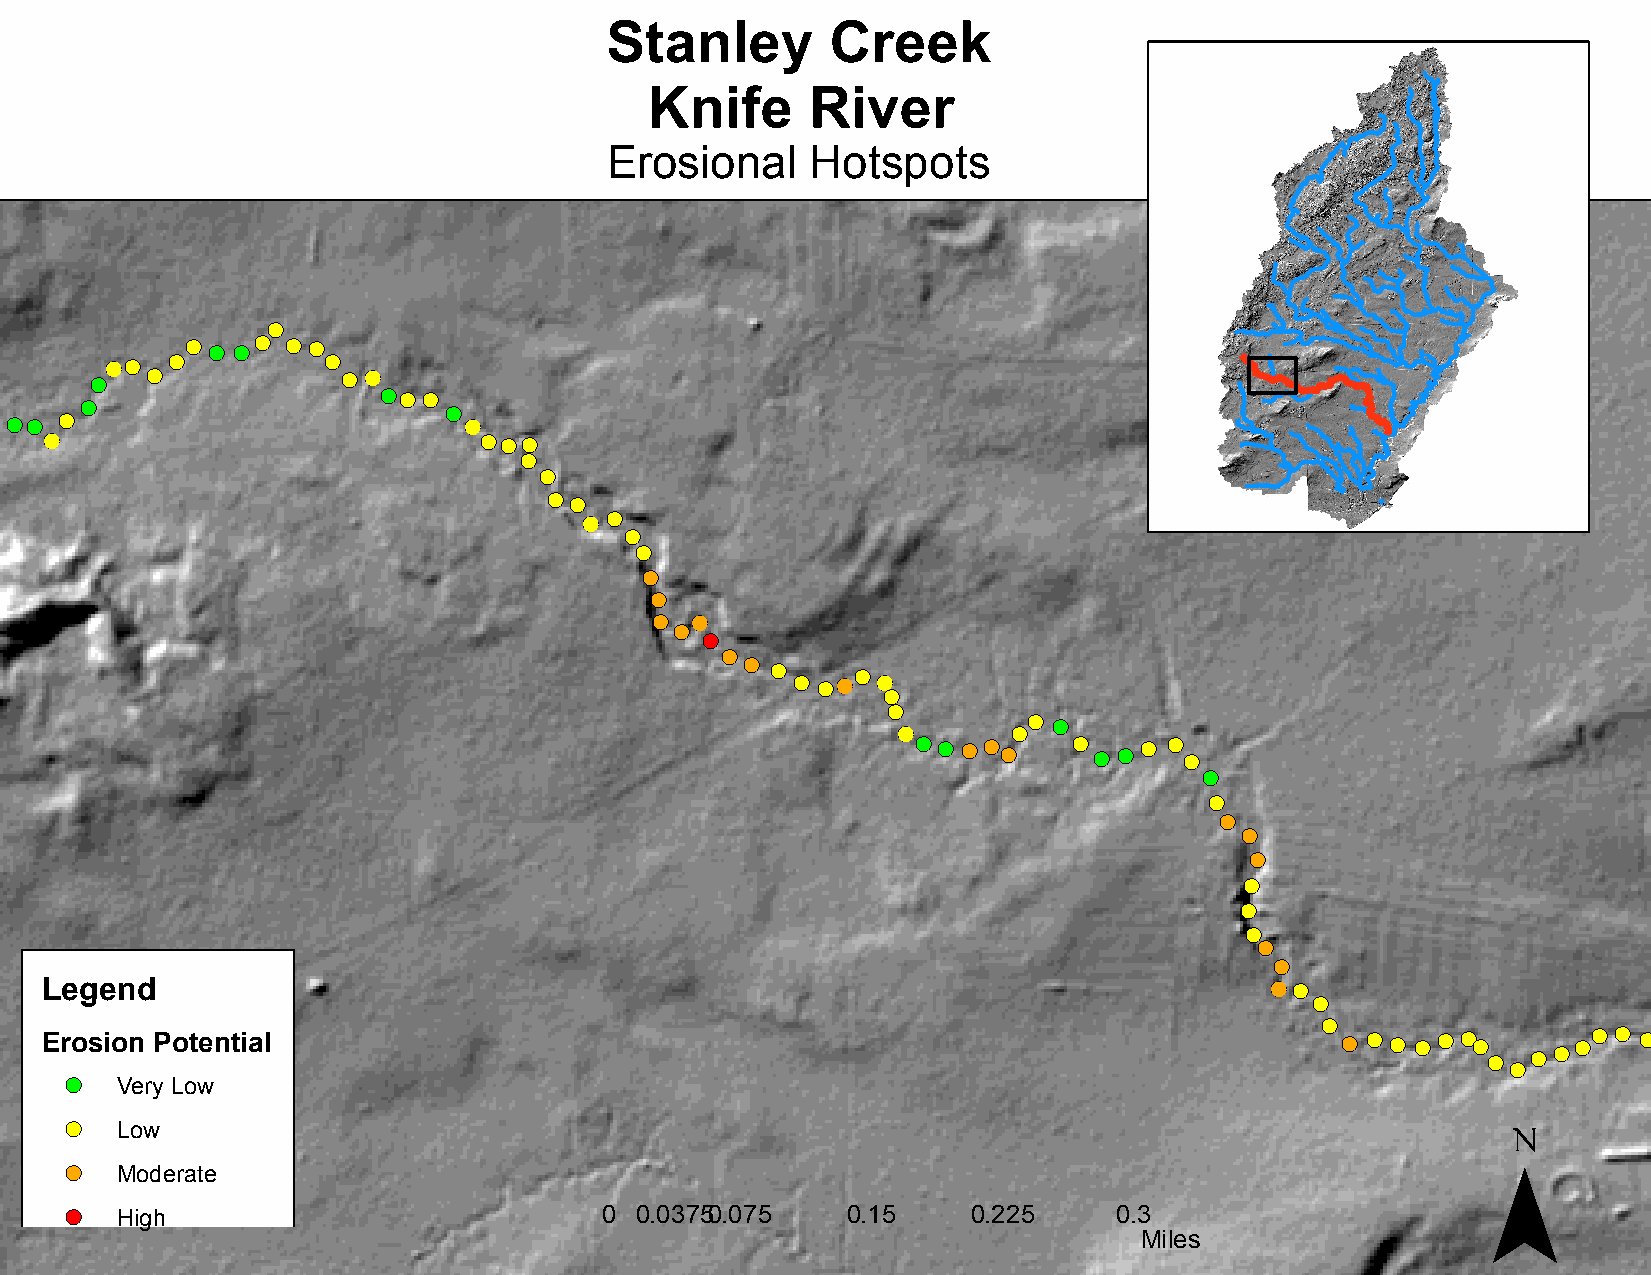
Stanley        Creek
 Knife      River
 Erosional     Hotspots
 !(
 !( !( !( !( !( !(
 (!!( !(        !(
 !(  !(           !( (!
 !(!( !(
 !(
 !(
 !(!(!( !(                      (!
 !(
 !( (!                           !(!(!(
 !(
 !(
 !( !(
 (! !(
 !(
 !(
 !(
 !(
 !( (!
 !(
 !(
 !(
 (!
 !( !( !((!!( (!
 !(
 !(
 !( !(
 (!      !(
 !( !( !( !( !( !( !( !( !( !( !(
 !(
 !(
 !(
 !(
 !(
 !(
 !(
 !(
 !(
 !(
 Legend                                                                           (! !(
 !(
 (!
 Erosion Potential                                                                     !( !( !( !( !( !( !(
 !( !(
 !(!(!( !( !( !( !(
 !(
 !(  Very Low
 ¯
 !(  Low
 !(  Moderate
 !(  High                            0 0.03750 .075  0.15    0.225     0.3
 Miles